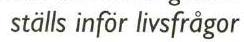
ställs inför livsfrågor